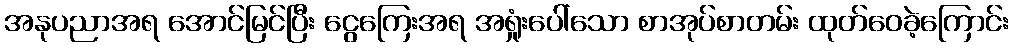
အနုပညာအရ အောင်မြင်ပြီး ငွေကြေးအရ အရှုံးပေါ်သော စာအုပ်စာတမ်း ထုတ်ဝေခဲ့ကြောင်း